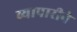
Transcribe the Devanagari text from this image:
व्यापारीने